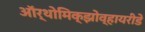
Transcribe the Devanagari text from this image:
ऑर्थोमिक्झोव्हायरीडे